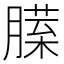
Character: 𰯏